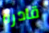
قادره